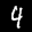
Label: 4